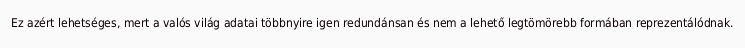
Ez azért lehetséges, mert a valós világ adatai többnyire igen redundánsan és nem a lehető legtömörebb formában reprezentálódnak.